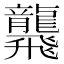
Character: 𪚢